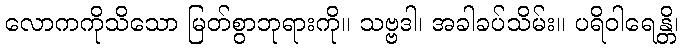
လောကကိုသိသော မြတ်စွာဘုရားကို။ သဗ္ဗဒါ၊ အခါခပ်သိမ်း။ ပရိဝါရေန္တိ၊